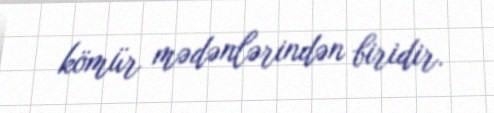
kömür mədənlərindən biridir.